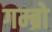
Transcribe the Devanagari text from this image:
गम्ब्रो